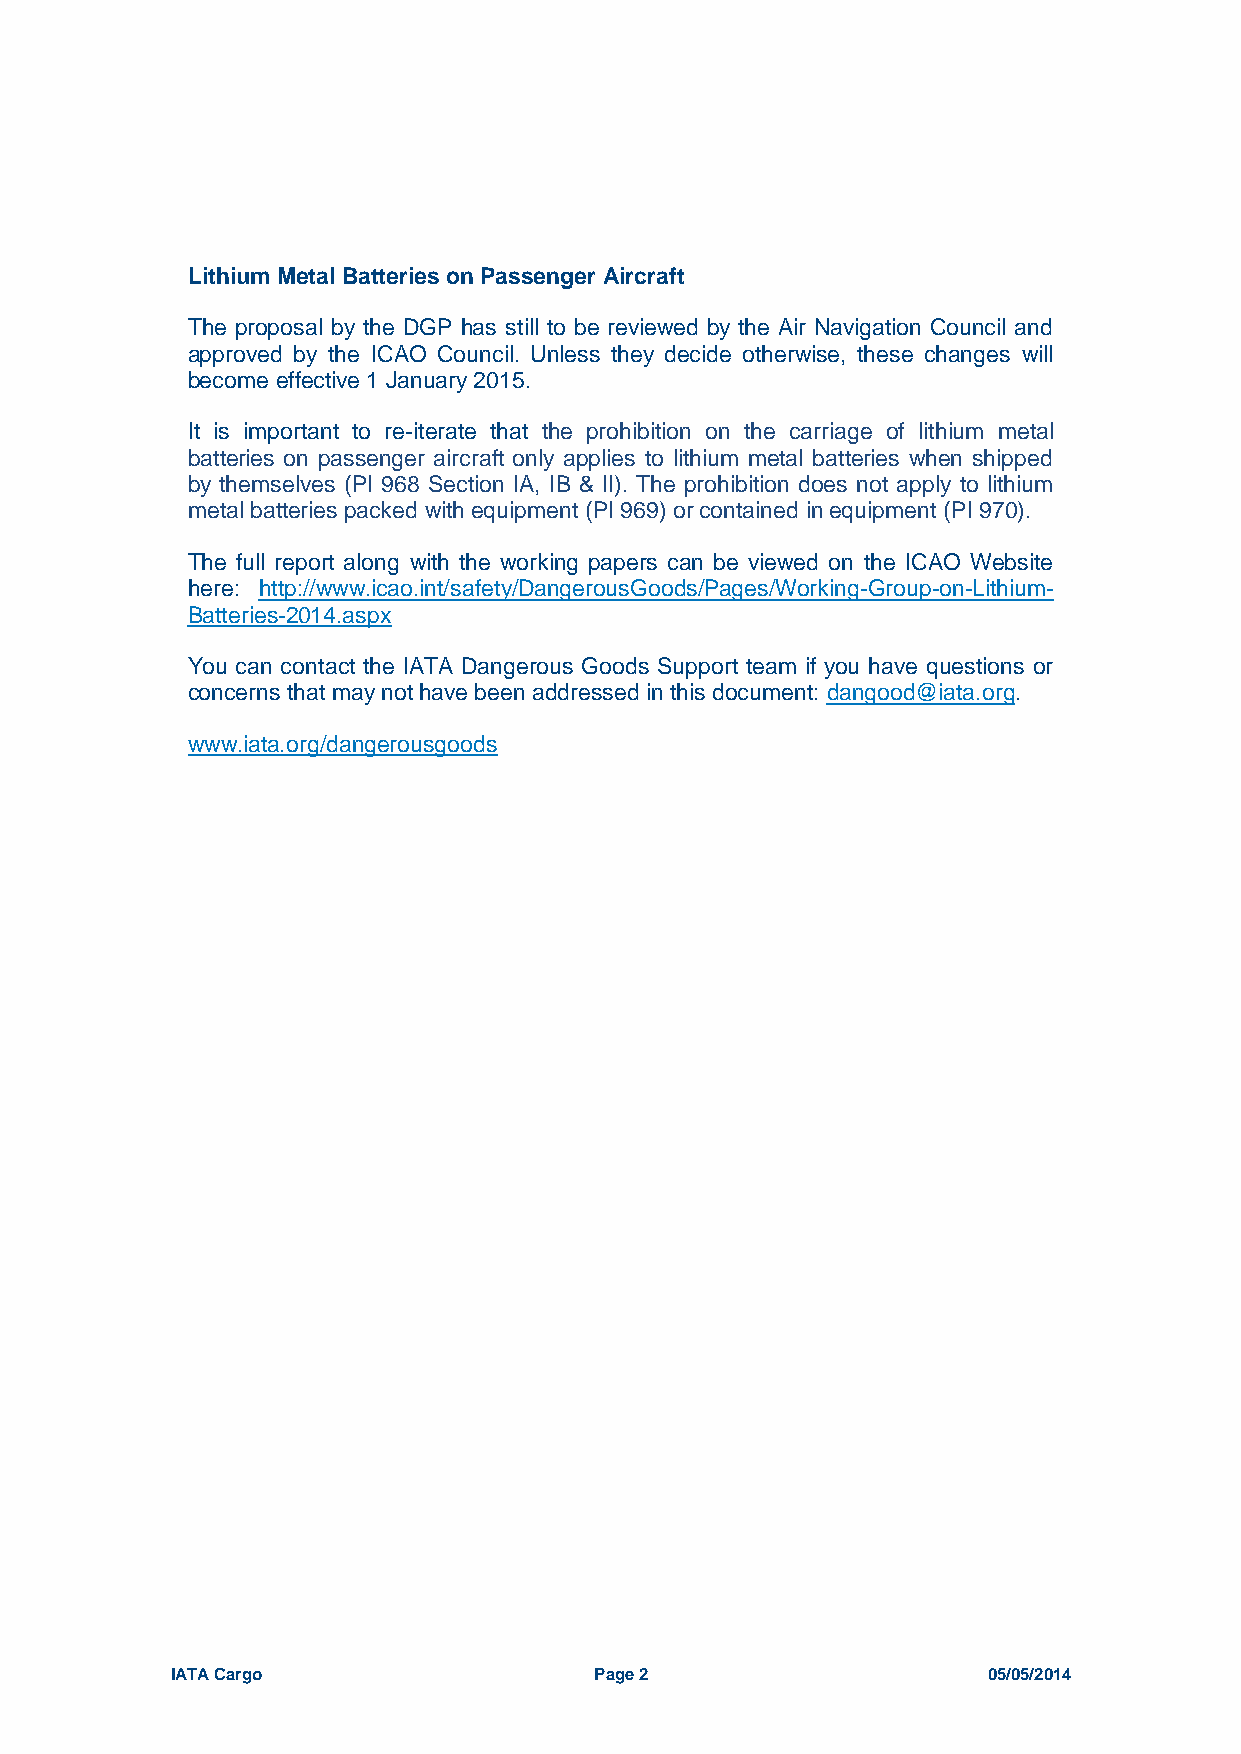
Lithium Metal Batteries on Passenger Aircraft
 The proposal by the DGP has still to be reviewed by the Air Navigation Council and
 approved by the ICAO Council. Unless they decide otherwise, these changes will
 become effective 1 January 2015.
 It is important to re-iterate that the prohibition on the carriage of lithium metal
 batteries on passenger aircraft only applies to lithium metal batteries when shipped
 by themselves (PI 968 Section IA, IB & II). The prohibition does not apply to lithium
 metal batteries packed with equipment (PI 969) or contained in equipment (PI 970).
 The full report along with the working papers can be viewed on the ICAO Website
 here: http://www.icao.int/safety/DangerousGoods/Pages/Working-Group-on-Lithium-
 Batteries-2014.aspx
 You can contact the IATA Dangerous Goods Support team if you have questions or
 concerns that may not have been addressed in this document: dangood@iata.org.
 www.iata.org/dangerousgoods
 IATA Cargo                  Page 2                    05/05/2014